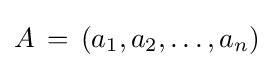
A\,=\,(a_{1},a_{2},\dots ,a_{n})